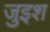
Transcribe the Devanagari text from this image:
जुइश